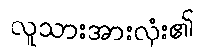
လူသားအားလုံး၏